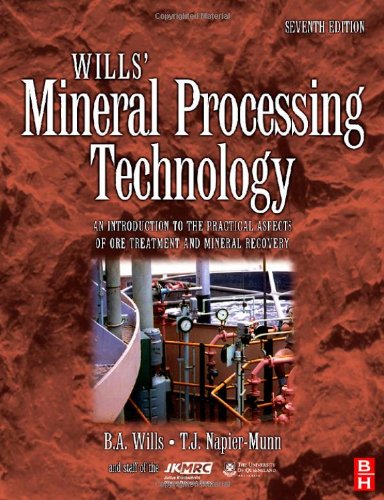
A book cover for Wills' Mineral Processing Technology, Seventh Edition: An Introduction to the Practical Aspects of Ore Treatment and Mineral Recovery; Barry A. Wills; Science & Math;